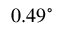
0 . 4 9 ^ { \circ }